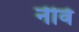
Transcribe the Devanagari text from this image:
नीवे